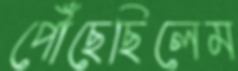
পৌঁছেছিলেম